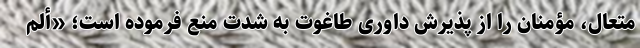
متعال، مؤمنان را از پذیرش داوری طاغوت به شدت منع فرموده است؛ «‌أَلَمْ